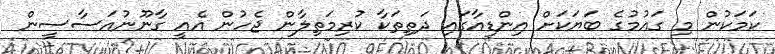
ކަމަކުން މި ގައުމުގެ ބަޔަކަށް އިންޑިއާގައި ދަތިތަކާ ކުރިމަތިލާން ޖެހުން އެއީ ގާނޫނުއަސާސީން